Leaving Certificate Examination (including Day School Certificate (Higher) General paper), 1937
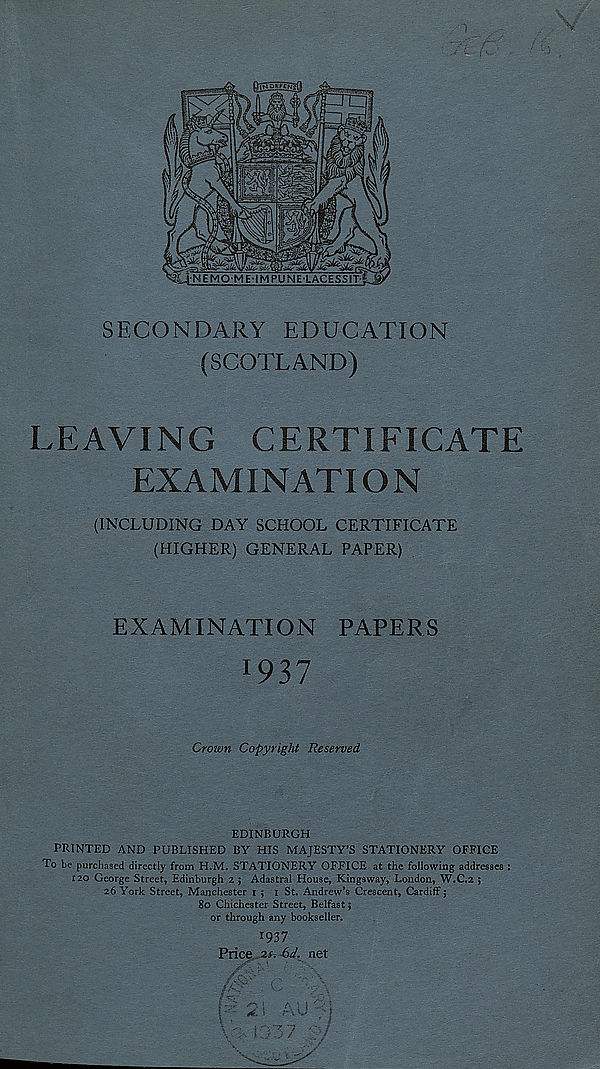
SECONDARY EDUCATION
(SCOTLAND)
LEAVING CERTIFICATE
EXAMINATION
(INCLUDING DAY SCHOOL CERTIFICATE
(HIGHER) GENERAL PAPER)
EXAMINATION PAPERS
*937
Crown Copyright Reserved
EDINBURGH
PRINTED AND PUBLISHED BY HIS MAJESTY’S STATIONERY OFFICE
To be purchased directly from H.M. STATIONERY OFFICE at the following addresses :
120 George Street, Edinburgh 2 ; Adastral House, Kingsway, London, W,C.2 ;
26 York Street, Manchester 1 ; 1 St, Andrew’s Crescent, Cardiff;
80 Chichester Street, Belfast;
or through any bookseller.
1937
Price 2s. 6d. net
21